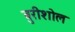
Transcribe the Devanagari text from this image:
बुरीशोल